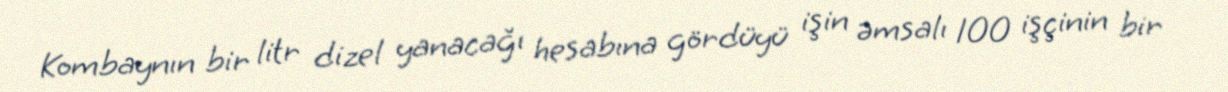
Kombaynın bir litr dizel yanacağı hesabına gördüyü işin əmsalı 100 işçinin bir